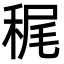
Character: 䅏